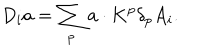
D _ { i } a = \sum _ { p } { \bf a } \cdot { \bf K } ^ { p } \delta _ { p } A _ { i } .